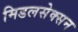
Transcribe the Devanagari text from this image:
मिडलसेक्सन